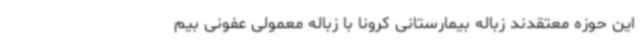
این حوزه معتقدند زباله بیمارستانی کرونا با زباله معمولی عفونی بیم